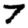
Digit: 7